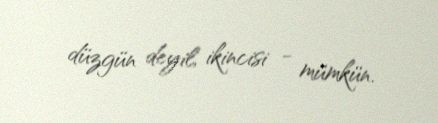
düzgün deyil, ikincisi - mümkün.